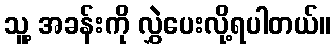
သူ့ အခန်းကို လွှဲပေးလို့ရပါတယ်။